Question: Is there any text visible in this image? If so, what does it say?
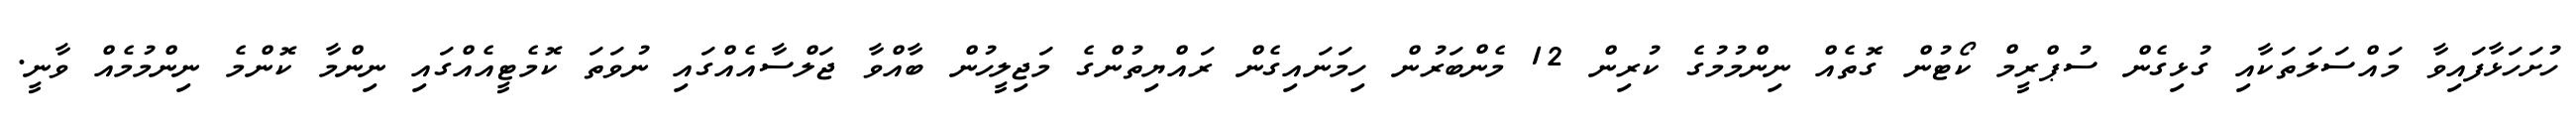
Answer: ހުށަހަޅާފައިވާ މައްސަލަތަކާއި ގުޅިގެން ސުޕްރީމް ކޯޓުން ގޮތެއް ނިންމުމުގެ ކުރިން 12 މެންބަރުން ހިމަނައިގެން ރައްޔިތުންގެ މަޖިލީހުން ބާއްވާ ޖަލްސާއެއްގައި ނުވަތަ ކޮމެޓީއެއްގައި ނިންމާ ކޮންމެ ނިންމުމެއް ވާނީ.